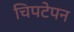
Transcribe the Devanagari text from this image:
चिपटेपन